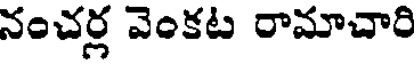
నంచర్ల వెంకట రామాచారి